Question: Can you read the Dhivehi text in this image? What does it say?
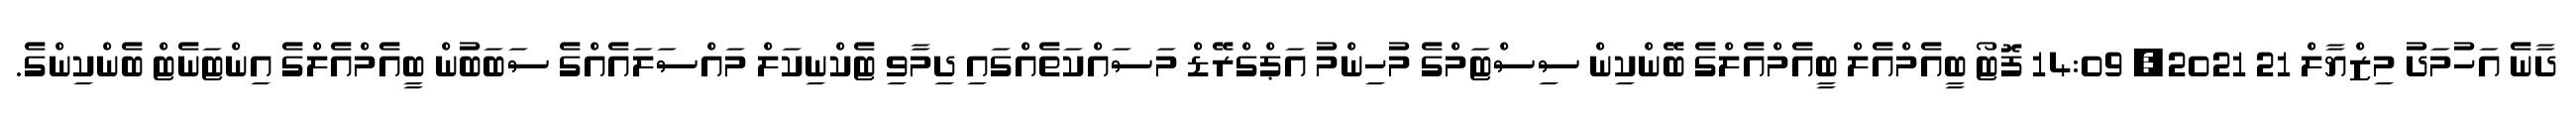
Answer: ދާނެ އަހުމަދު މިޒްޔާލް 21 2021, 14:09 ފޮޓޯ ބީއެމްއެލް ބީއެމްއެލްގެ ބޭންކިން ސިސްޓަމްގެ މުހިންމު އަޕްގްރޭޑް މަސައްކަތެއްގައި ދިމާވި ޓެކްނިކަލް މައްސަލައެއްގެ ސަބަބުން ބީއެމްއެލްގެ އިންޓަނެޓް ބެންކިންގެ.